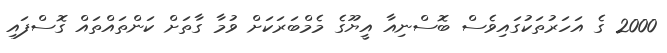
2000 ގެ އަހަރުތަކުގައިވެސް ބޮސްނިއާ އީޔޫގެ މެމްބަރަކަށް ވުމާ ގާތަށް ކަންތައްތައް ގޮސްފައި